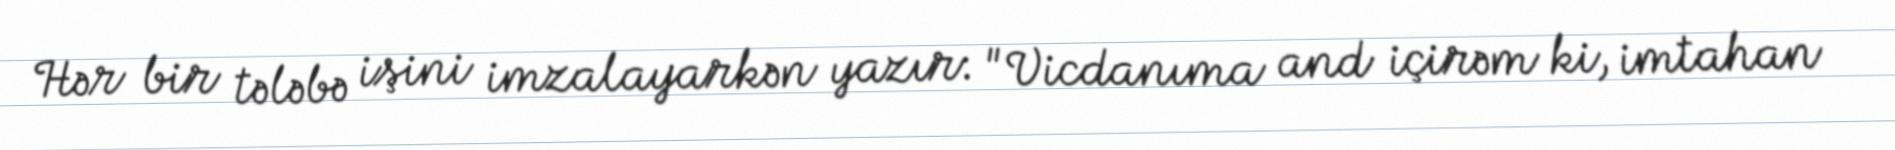
Hər bir tələbə işini imzalayarkən yazır: "Vicdanıma and içirəm ki, imtahan